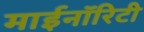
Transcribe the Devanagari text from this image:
माईनॉरिटी